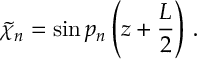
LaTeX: \tilde { \chi } _ { n } = \sin p _ { n } \left( z + \frac { L } { 2 } \right) \, .